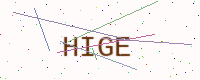
Text: HIGE